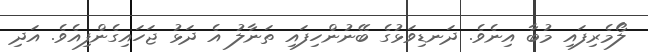
ލޯމެރިފައި މުބާ އިނެވެ. ދަނޑިވަޅުގެ ބޭނުންހިފައި ތަނާލު އެ ދަޅު ޖަހައިގެންފިއެވެ. އަދި